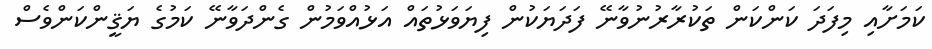
ކަމަށާއި މިފަދަ ކަންކަން ތަކުރާރުނުވާނޭ ފަދަޔަކުން ފިޔަވަޅުތައް އަޅުއްވަމުން ގެންދަވާނޭ ކަމުގެ ޔަޤީންކަންވެސް